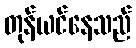
တုန်ယင်နေသည်